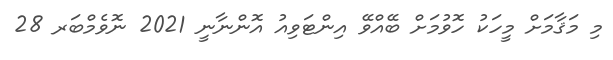
މި މަޤާމަށް މީހަކު ހޮވުމަށް ބޭއްވޭ އިންޓަވިއު އޮންނާނީ 2021 ނޮވެމްބަރ 28